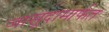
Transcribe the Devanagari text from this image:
जासूदामार्फत